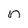
Character: n